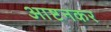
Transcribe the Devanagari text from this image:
आष्टनकर